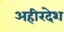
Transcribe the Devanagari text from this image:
अहीरदेश